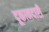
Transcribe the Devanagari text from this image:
दूकानदारी